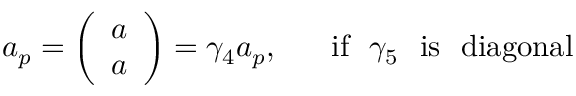
a _ { p } = \left( \begin{array} { c } { { a } } \\ { { a } } \end{array} \right) = \gamma _ { 4 } a _ { p } , ~ ~ ~ ~ ~ \mathrm { i f } ~ ~ \gamma _ { 5 } ~ ~ \mathrm { i s ~ ~ d i a g o n a l } \nonumber